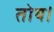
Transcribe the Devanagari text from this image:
तोय।